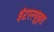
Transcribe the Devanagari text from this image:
इंटरल्यूड्स